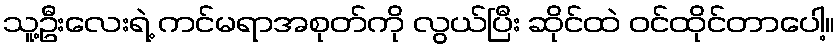
သူ့ဦးလေးရဲ့ ကင်မရာအစုတ်ကို လွယ်ပြီး ဆိုင်ထဲ ဝင်ထိုင်တာပေါ့။